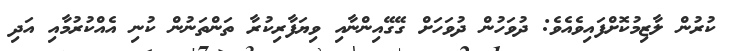
ކުރުން ލާޒިމުކޮށްފައިވެއެވެ: ދުވަހުން ދުވަހަށް ގޭގޭއިންނާއި ވިޔަފާރިކުރާ ތަންތަނުން ކުނި އެއްކުރުމާއި އަދި